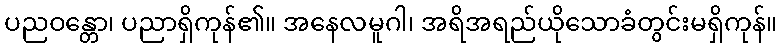
ပညဝန္တော၊ ပညာရှိကုန်၏။ အနေလမူဂါ၊ အရိအရည်ယိုသောခံတွင်းမရှိကုန်။